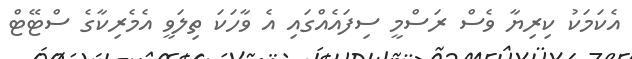
އެކަމަކު ކިރިޔާ ވެސް ރަސްމީ ސިފައެއްގައި އެ ވާހަކަ ތިލަވީ އެމެރިކާގެ ސްޓޭޓް